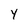
Character: Y